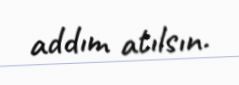
addım atılsın.